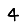
Digit: 4